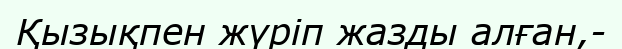
Қызықпен жүріп жазды алған,-